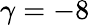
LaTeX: \gamma=-8